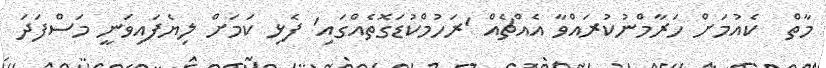
މާތް  ކެއުމަށް ހަރާމްނުކުރައްވާ އެއްޗެއް 'ރަހުމްކުޑަގޮތެއްގައި' ފެޅި ކަމަށް ލިޔެފައިވަނީ މަސްފަދަ